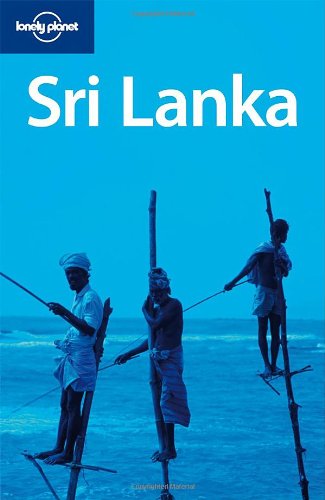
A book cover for Lonely Planet Sri Lanka (Country Travel Guide); Brett Atkinson; Travel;